Annual report on the health of the army in India
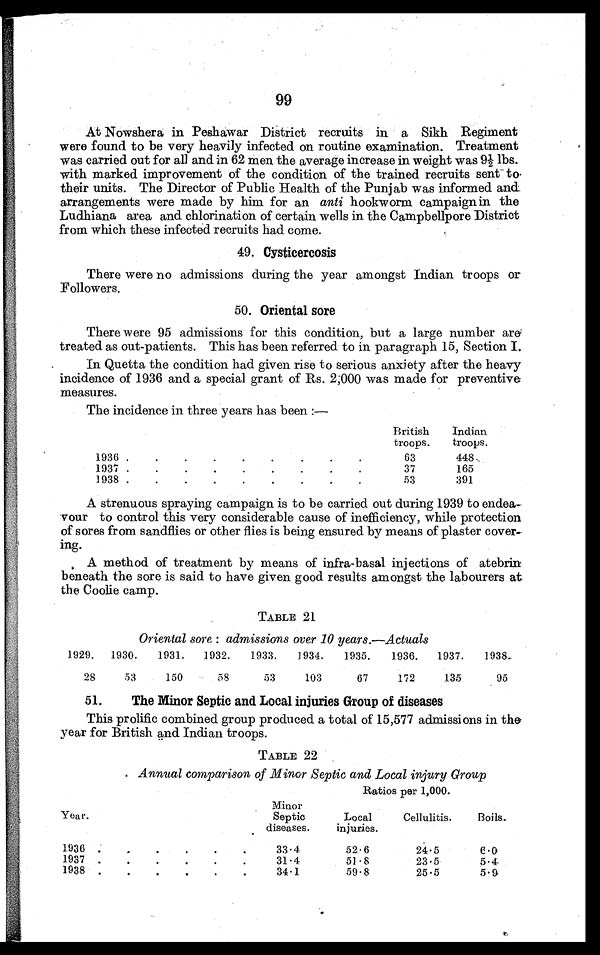
99
At Nowshera in Peshawar District recruits in a Sikh Regiment
were found to be very heavily infected on routine examination. Treatment
was carried out for all and in 62 men the average increase in weight was 91/2 lbs.
with marked improvement of the condition of the trained recruits sent to
their units. The Director of Public Health of the Punjab was informed and
arrangements were made by him for an anti hookworm campaign in the
Ludhiana area and chlorination of certain wells in the Campbellpore District
from which these infected recruits had come.
49. Cysticercosis
There were no admissions during the year amongst Indian troops or
Followers.
r s s f d f x g d h f f j
50. Oriental sore
There were 95 admissions for this condition, but a large number are
treated as out-patients. This has been referred to in paragraph 15, Section I.
In Quetta the condition had given rise to serious anxiety after the heavy
incidence of 1936 and a special grant of Rs. 2,000 was made for preventive
measures.
The incidence in three years has been :—
British
troops.
Indian
troops.
1936 .
.
.
.
.
.
.
.
.
63
448
1937 .
.
.
.
.
.
.
.
.
37
165
1938 .
.
.
.
.
.
.
.
.
53
391
A strenuous spraying campaign is to be carried out during 1939 to endea-
vour to control this very considerable cause of inefficiency, while protection
of sores from sandflies or other flies is being ensured by means of plaster cover
ing.
A method of treatment by means of infra-basal injections of atebrin
beneath the sore is said to have given good results amongst the labourers at.
the Coolie camp.
TABLE 21
Oriental sore : admissions over 10 years.—Actuals
1.929.
1930.
1931.
1932.
1933.
1934.
1935.
1936.
1937.
1938..
28
53
150
58
53
103
67
172
135
95
1.
51. The Minor Septic and Local injuries Group of diseases
This prolific combined group produced a total of 15,577 admissions in the
year for British and Indian troops.
TABLE 22
Annual comparison of Minor Septic and Local injury Group
Ratios per 1,000.
Year.
Minor
Septic
diseases.
Local
injuries.
Cellulitis.
Boils.
1936 .
.
.
.
. .
.
33.4
52.6
24.5
6.0
1937 .
.
.
.
.
.
31.4
51.8
23.5
5.4
1938 .
.
.
.
.
.
34.1
59.8
25.5
5.9